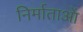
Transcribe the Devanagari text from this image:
निर्माताआें